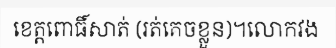
ខេត្តពោធិ៍សាត់ (រត់គេចខ្លួន)។លោកវង